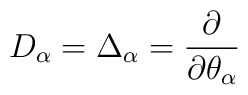
D_{\alpha} = \Delta_{\alpha} = \frac{\partial}{\partial \theta_{\alpha}}